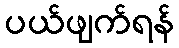
ပယ်ဖျက်ရန်